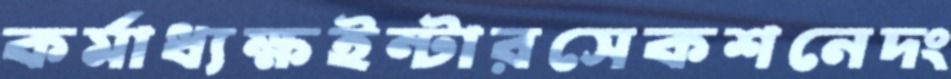
কর্মাধ্যক্ষইন্টারসেকশনেদং